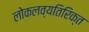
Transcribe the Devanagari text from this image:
लोकलव्यतिरिक्त